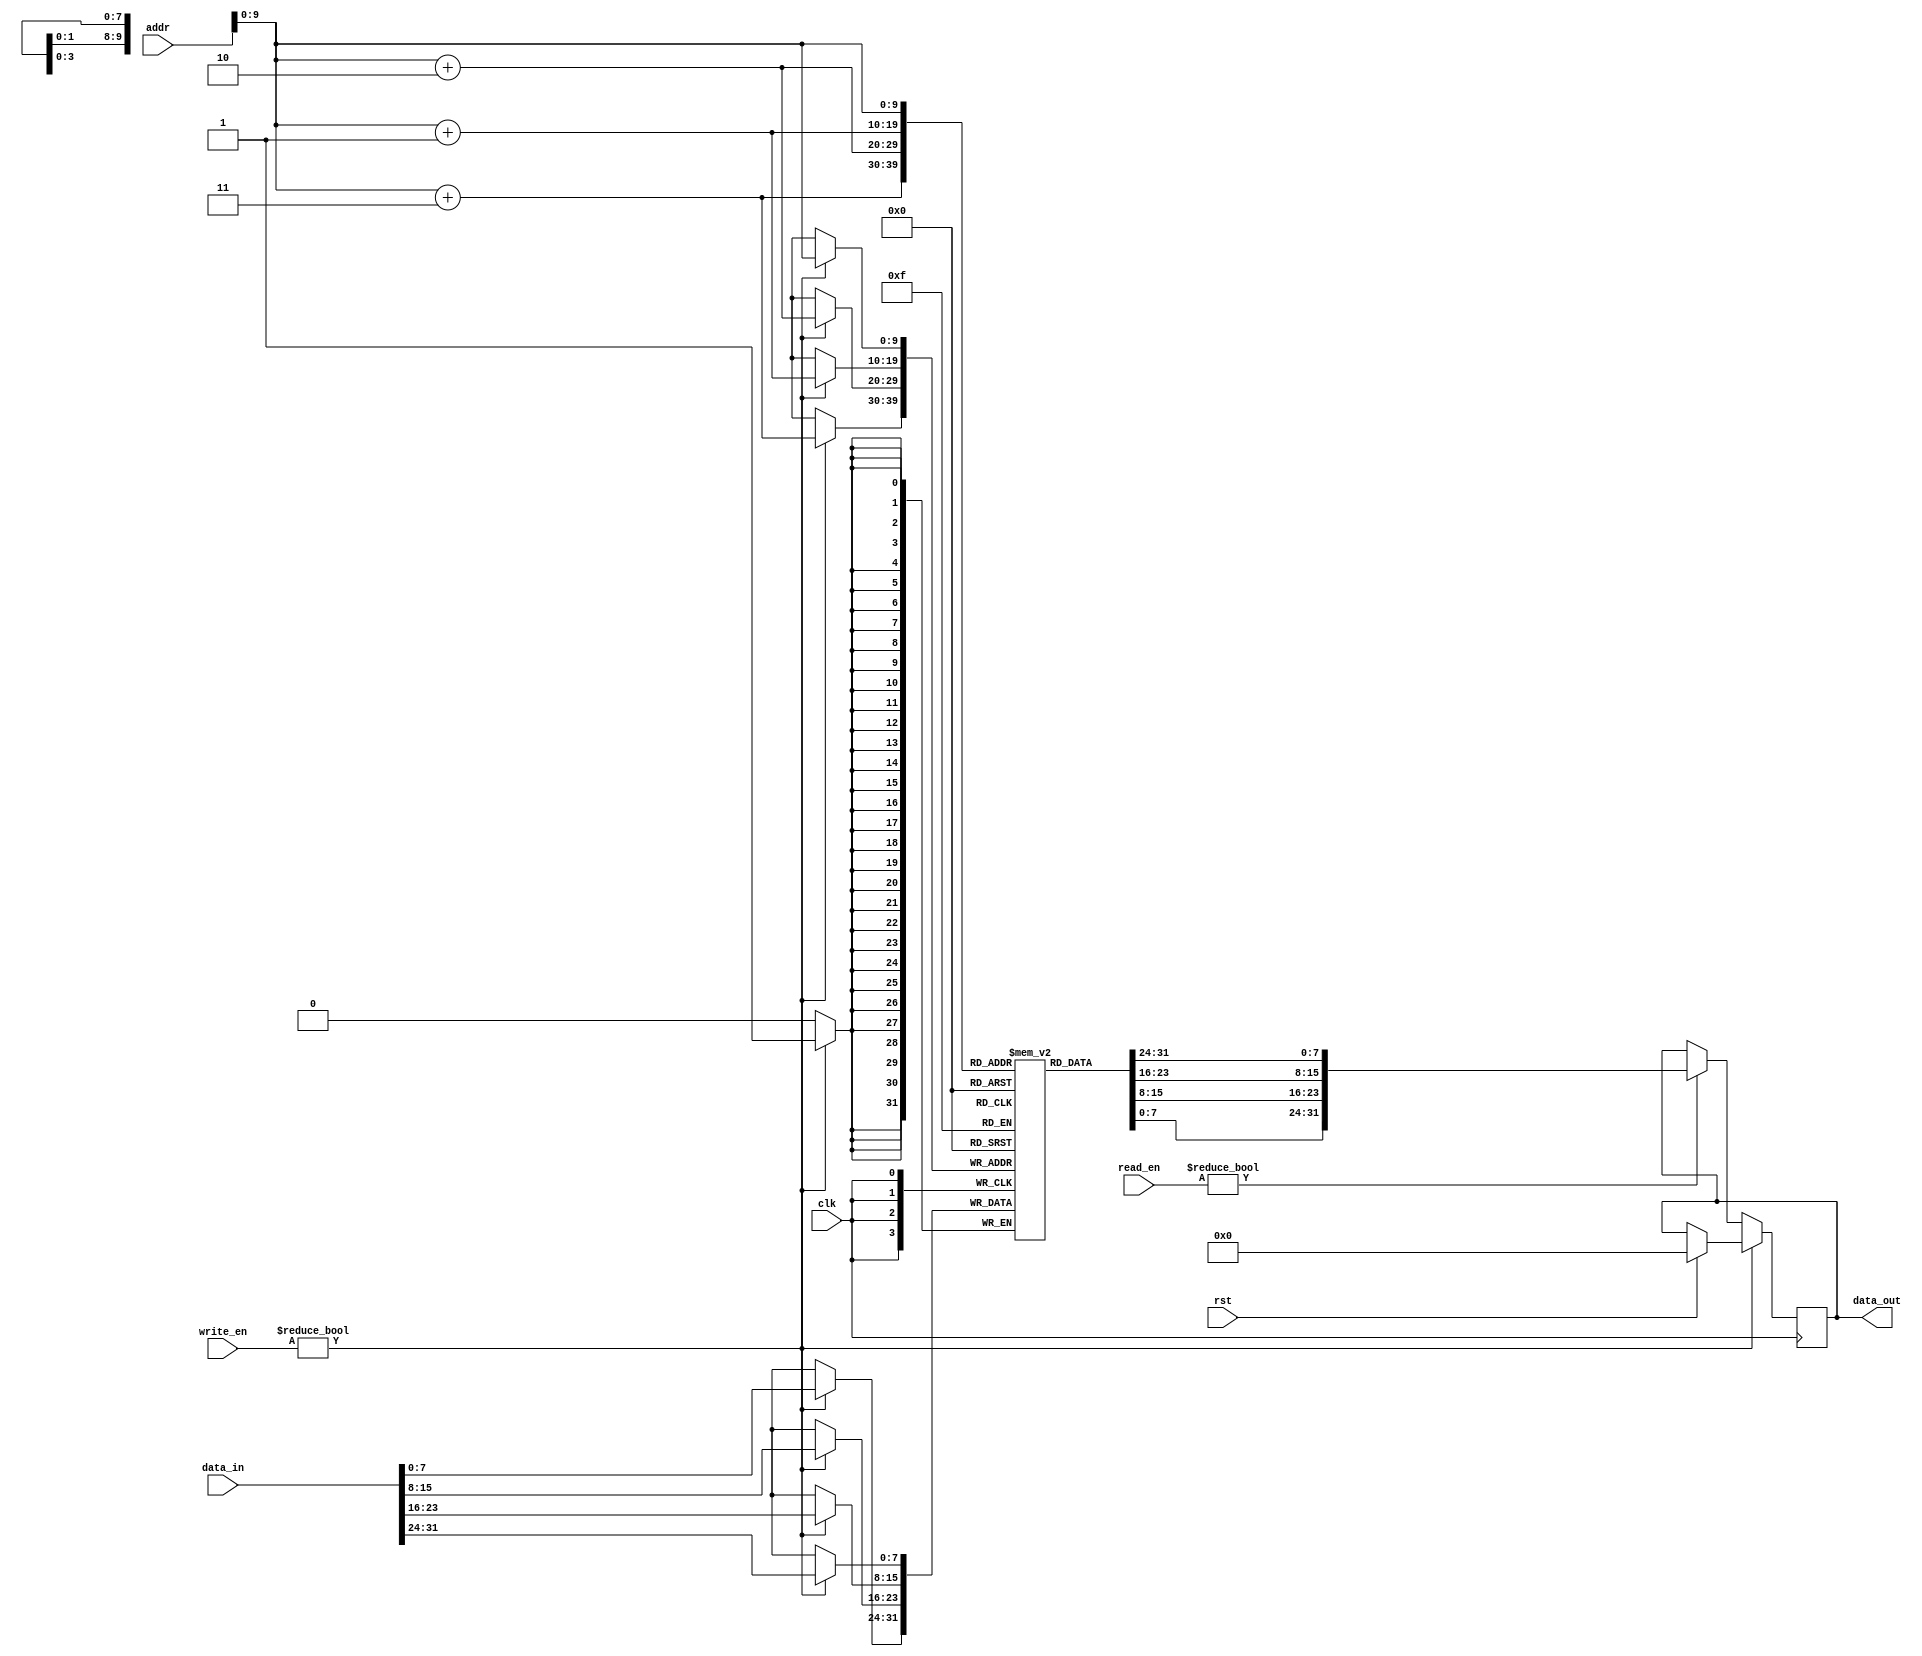
// Code your design here

`default_nettype none
module data_mem(input wire clk,
                input wire rst,
                input wire [31:0] data_in,
                input wire [31:0] addr,
                input wire [4:0] read_en,
                input wire [4:0] write_en,
                output reg [31:0] data_out 
               );
  
  reg [7:0] mem [1023:0];
  integer i;
  always @(posedge clk) begin
    if (rst) begin
      data_out <=0;
    end
    if(write_en) begin
      mem[addr] <= data_in[31:24];
      mem[addr+1] <= data_in[23:16];
      mem[addr+2] <= data_in[15:8];
      mem[addr+3] <= data_in[7:0];
    end
    else if(read_en) begin 
      data_out <= {mem[addr],mem[addr+1],mem[addr+2],mem[addr+3]};
    end
    
  	else 
      data_out <=data_out;
  end
endmodule